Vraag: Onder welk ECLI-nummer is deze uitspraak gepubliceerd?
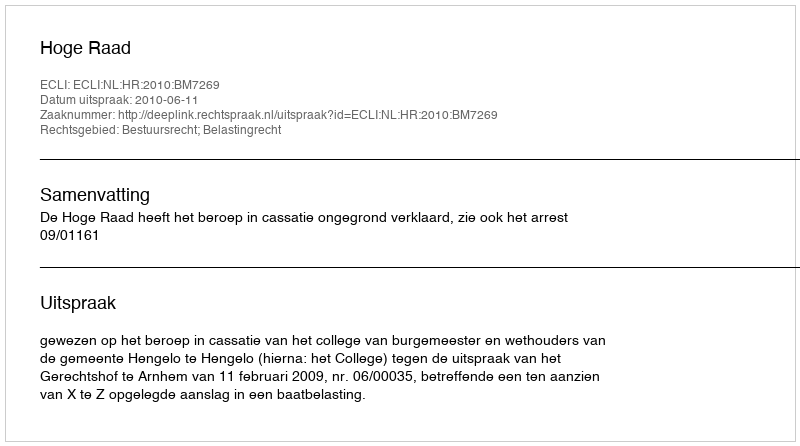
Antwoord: ECLI:NL:HR:2010:BM7269